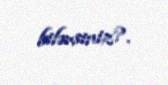
bilərsiniz?.